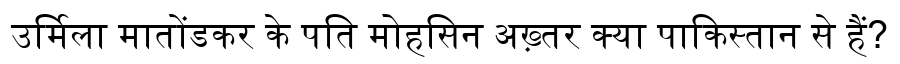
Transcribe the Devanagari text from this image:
उर्मिला मातोंडकर के पति मोहसिन अख़्तर क्या पाकिस्तान से हैं?